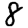
Digit: 8